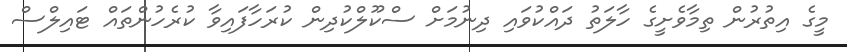
މީގެ އިތުރުން ތިމާވެށީގެ ހާލަތު ދައްކުވައި ދިނުމަށް ސްކޫލްކުދިން ކުރަހާފައިވާ ކުރެހުންތައް ޓައިލްސް